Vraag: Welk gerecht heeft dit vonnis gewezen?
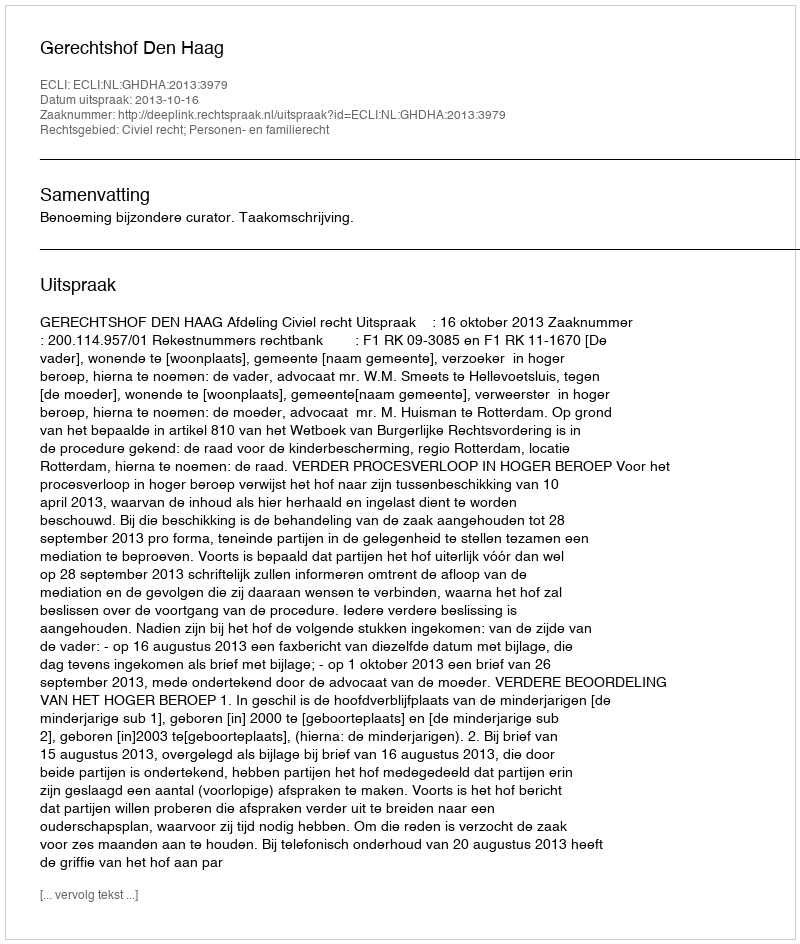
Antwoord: Gerechtshof Den Haag